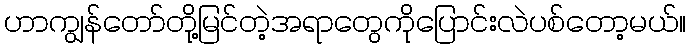
ဟာကျွန်တော်တို့မြင်တဲ့အရာတွေကိုပြောင်းလဲပစ်တော့မယ်။